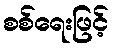
စစ်ရေးဖြင့်